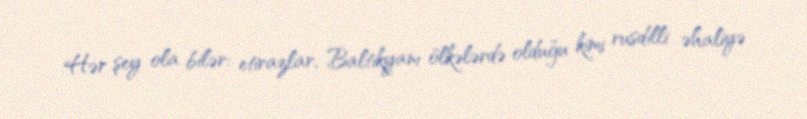
Hər şey ola bilər: etirazlar, Baltikyanı ölkələrdə olduğu kimi rusdilli əhaliyə